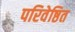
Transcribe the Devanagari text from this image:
परिवेष्ठित